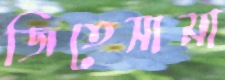
জিতেসামা